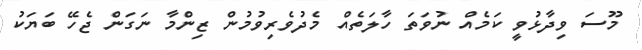
މޫސަ ވިދާޅުވީ ކަމެއް ނުވަތަ ހާލަތެއް މެދުވެރިވުމުން ޒިންމާ ނަގަން ޖެހޭ ބަޔަކު